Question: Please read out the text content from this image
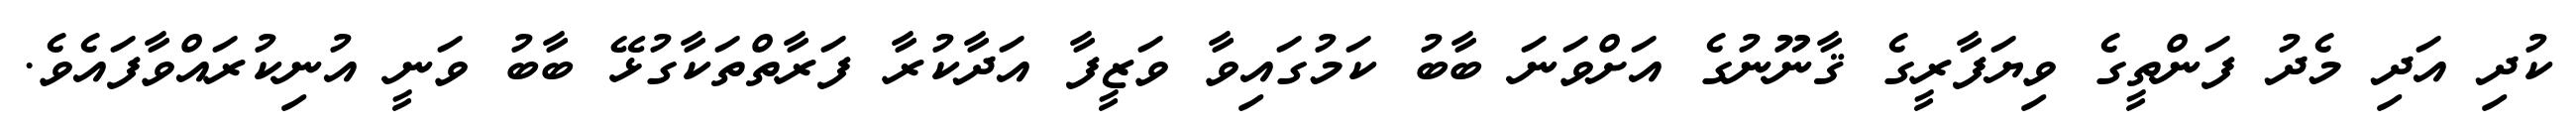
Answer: ކުދި އަދި މެދު ފަންތީގެ ވިޔަފާރީގެ ޤާނޫނުގެ އަށްވަނަ ބާބު ކަމުގައިވާ ވަޒީފާ އަދާކުރާ ފަރާތްތަކާގުޅޭ ބާބު ވަނީ އުނިކުރައްވާފައެވެ.